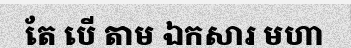
តែ បើ តាម ឯកសារ មហា